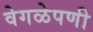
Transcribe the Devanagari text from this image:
वेगळेपणी